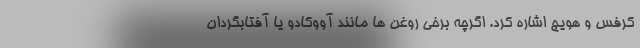
کرفس و هویج اشاره کرد. اگرچه برخی روغن ها مانند آووکادو یا آفتابگردان